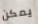
يمكن